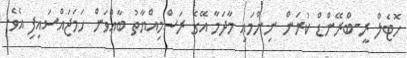
ހޮޓެލް ރީ-ބްރޭންޑް ކުރަން ނިންމައި މާދަމާ އޭގެ ރަސްމިއްޔާތު ބާއްވަން ހަމަޖައްސައިފި އެވެ.